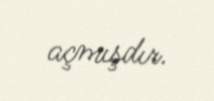
açmışdır.